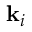
\mathbf { k } _ { i }